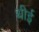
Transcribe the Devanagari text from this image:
थीई